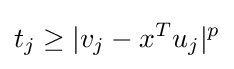
t_{j}\geq |v_{j}-x^{T}u_{j}|^{p}